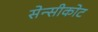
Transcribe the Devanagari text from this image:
सेन्सीकोट